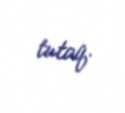
tutaq.